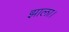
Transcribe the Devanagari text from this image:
झाला।